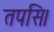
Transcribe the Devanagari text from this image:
तपसि।